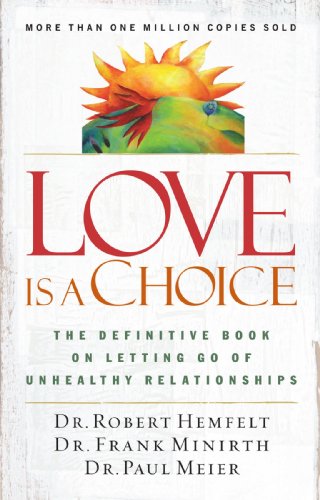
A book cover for Love Is a Choice: The Definitive Book on Letting Go of Unhealthy Relationships; Robert Hemfelt; Parenting & Relationships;